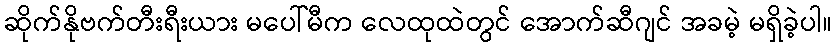
ဆိုက်နိုဗက်တီးရီးယား မပေါ်မီက လေထုထဲတွင် အောက်ဆီဂျင် အခမဲ့ မရှိခဲ့ပါ။